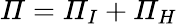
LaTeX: \mathit{\Pi}=\mathit{\Pi}_{I}+\mathit{\Pi}_{H}